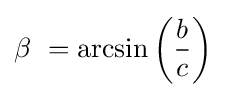
\beta \ =\arcsin \left({\frac {b}{c}}\right)